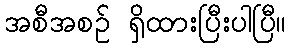
အစီအစဉ် ရှိထားပြီးပါပြီ။